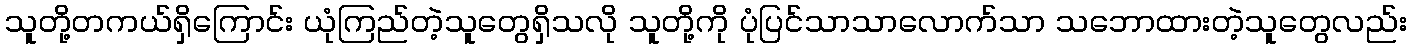
သူတို့တကယ်ရှိကြောင်း ယုံကြည်တဲ့သူတွေရှိသလို သူတို့ကို ပုံပြင်သာသာလောက်သာ သဘောထားတဲ့သူတွေလည်း